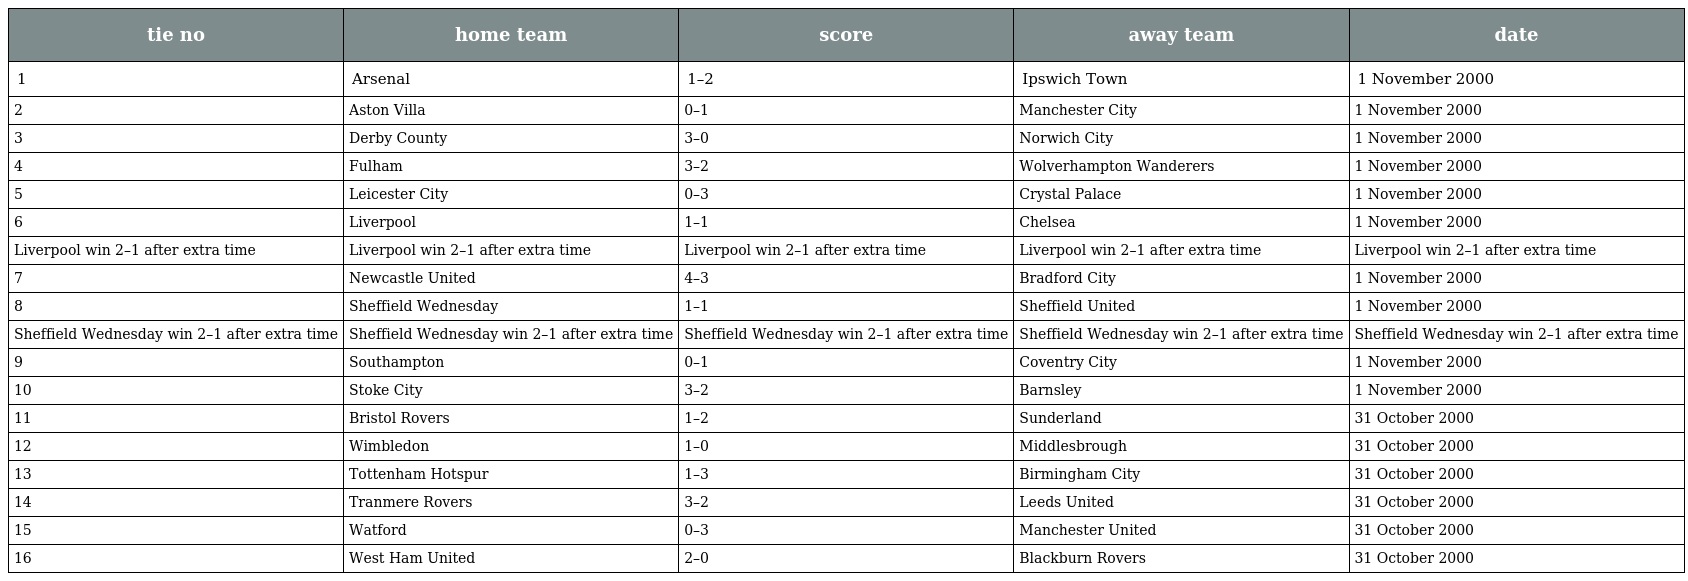
| tie no | home team | score | away team | date |
 | --- | --- | --- | --- | --- |
 | 1 | Arsenal | 1–2 | Ipswich Town | 1 November 2000 |
 | 2 | Aston Villa | 0–1 | Manchester City | 1 November 2000 |
 | 3 | Derby County | 3–0 | Norwich City | 1 November 2000 |
 | 4 | Fulham | 3–2 | Wolverhampton Wanderers | 1 November 2000 |
 | 5 | Leicester City | 0–3 | Crystal Palace | 1 November 2000 |
 | 6 | Liverpool | 1–1 | Chelsea | 1 November 2000 |
 | Liverpool win 2–1 after extra time | Liverpool win 2–1 after extra time | Liverpool win 2–1 after extra time | Liverpool win 2–1 after extra time | Liverpool win 2–1 after extra time |
 | 7 | Newcastle United | 4–3 | Bradford City | 1 November 2000 |
 | 8 | Sheffield Wednesday | 1–1 | Sheffield United | 1 November 2000 |
 | Sheffield Wednesday win 2–1 after extra time | Sheffield Wednesday win 2–1 after extra time | Sheffield Wednesday win 2–1 after extra time | Sheffield Wednesday win 2–1 after extra time | Sheffield Wednesday win 2–1 after extra time |
 | 9 | Southampton | 0–1 | Coventry City | 1 November 2000 |
 | 10 | Stoke City | 3–2 | Barnsley | 1 November 2000 |
 | 11 | Bristol Rovers | 1–2 | Sunderland | 31 October 2000 |
 | 12 | Wimbledon | 1–0 | Middlesbrough | 31 October 2000 |
 | 13 | Tottenham Hotspur | 1–3 | Birmingham City | 31 October 2000 |
 | 14 | Tranmere Rovers | 3–2 | Leeds United | 31 October 2000 |
 | 15 | Watford | 0–3 | Manchester United | 31 October 2000 |
 | 16 | West Ham United | 2–0 | Blackburn Rovers | 31 October 2000 |